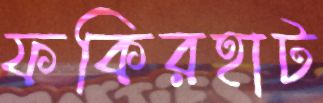
ফকিরহাট